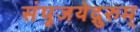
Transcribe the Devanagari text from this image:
संपूजयेद्गुरुम्